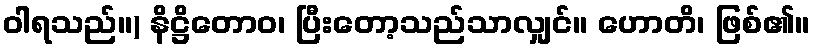
ဝါရသည်။) နိဋ္ဌိတောဝ၊ ပြီးတော့သည်သာလျှင်။ ဟောတိ၊ ဖြစ်၏။